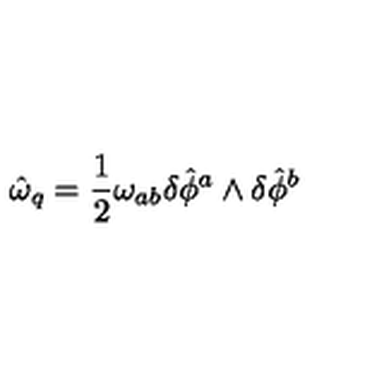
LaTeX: \hat { \omega } _ { q } = \frac { 1 } { 2 } \omega _ { a b } \delta \hat { \phi } ^ { a } \wedge \delta \hat { \phi } ^ { b }